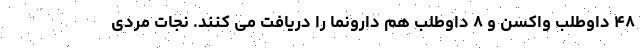
۴۸ داوطلب واکسن و ۸ داوطلب هم دارونما را دریافت می کنند. نجات مردی